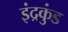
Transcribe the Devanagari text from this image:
इंद्रकुंड